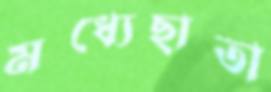
মধ্যেছাতা